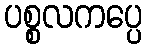
ပစ္စလကပ္ပေ